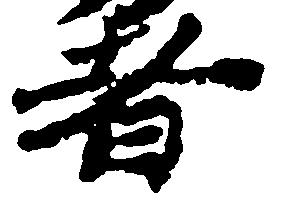
者